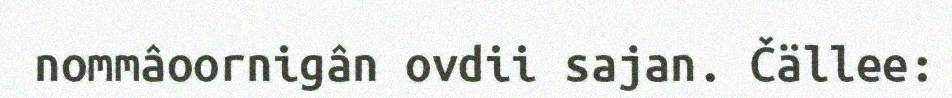
nommâoornigân ovdii sajan. Čällee: